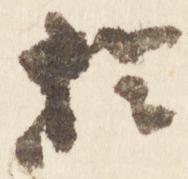
於